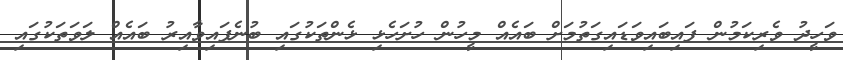
ވަހީދު ވެރިކަމުން ފައިބައިވަޑައިގަތުމަށް ބައެއް މީހުން ހުށަހެޅި ޅެންތަކުގައި ބުނެފައިވާއިރު ބައެއް ލަވަތަކުގައި